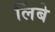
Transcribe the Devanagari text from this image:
लिंबे